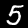
Label: 5